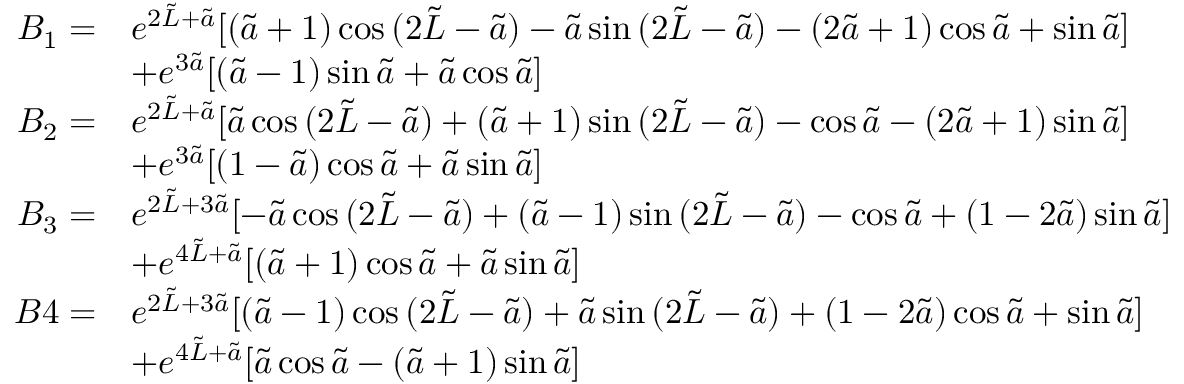
\begin{array} { r l } { B _ { 1 } = } & { e ^ { 2 \tilde { L } + \tilde { a } } [ ( \tilde { a } + 1 ) \cos { ( 2 \tilde { L } - \tilde { a } ) } - \tilde { a } \sin { ( 2 \tilde { L } - \tilde { a } ) } - ( 2 \tilde { a } + 1 ) \cos { \tilde { a } } + \sin { \tilde { a } } ] } \\ & { + e ^ { 3 \tilde { a } } [ ( \tilde { a } - 1 ) \sin { \tilde { a } } + \tilde { a } \cos { \tilde { a } } ] } \\ { B _ { 2 } = } & { e ^ { 2 \tilde { L } + \tilde { a } } [ \tilde { a } \cos { ( 2 \tilde { L } - \tilde { a } ) } + ( \tilde { a } + 1 ) \sin { ( 2 \tilde { L } - \tilde { a } ) } - \cos { \tilde { a } } - ( 2 \tilde { a } + 1 ) \sin { \tilde { a } } ] } \\ & { + e ^ { 3 \tilde { a } } [ ( 1 - \tilde { a } ) \cos { \tilde { a } } + \tilde { a } \sin { \tilde { a } } ] } \\ { B _ { 3 } = } & { e ^ { 2 \tilde { L } + 3 \tilde { a } } [ - \tilde { a } \cos { ( 2 \tilde { L } - \tilde { a } ) } + ( \tilde { a } - 1 ) \sin { ( 2 \tilde { L } - \tilde { a } ) } - \cos { \tilde { a } } + ( 1 - 2 \tilde { a } ) \sin { \tilde { a } } ] } \\ & { + e ^ { 4 \tilde { L } + \tilde { a } } [ ( \tilde { a } + 1 ) \cos { \tilde { a } } + \tilde { a } \sin { \tilde { a } } ] } \\ { B 4 = } & { e ^ { 2 \tilde { L } + 3 \tilde { a } } [ ( \tilde { a } - 1 ) \cos { ( 2 \tilde { L } - \tilde { a } ) } + \tilde { a } \sin { ( 2 \tilde { L } - \tilde { a } ) } + ( 1 - 2 \tilde { a } ) \cos { \tilde { a } } + \sin { \tilde { a } } ] } \\ & { + e ^ { 4 \tilde { L } + \tilde { a } } [ \tilde { a } \cos { \tilde { a } } - ( \tilde { a } + 1 ) \sin { \tilde { a } } ] } \end{array}